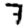
Digit: 7